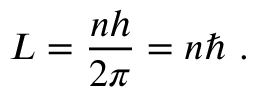
L = { \frac { n h } { 2 \pi } } = n \hbar ~ .